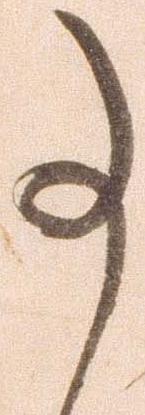
事